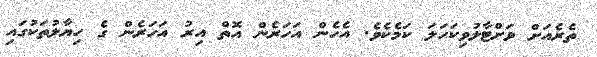
ތެރެއަށް ވަށްޓާލުވިކަހަލަ ކަމެކެވެ. އެހެން އަހަރެން އޮތް އިރު އަހަރެން ގެ ހިޔާލުތަކުގައި